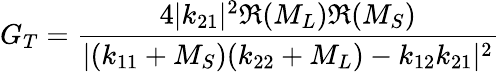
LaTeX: G_{T}={\frac{4|k_{21}|^{2}\Re{(M_{L})}\Re{(M_{S})}}{|(k_{11}+M_{S})(k_{22}+M_{L})-k_{12}k_{21}|^{2}}}